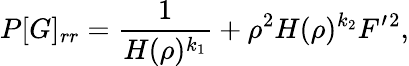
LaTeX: P[G]_{rr}=\frac{1}{H(\rho)^{k_{1}}}+\rho^{2}H(\rho)^{k_{2}}F^{\prime}{}^{2},